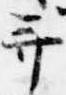
并